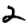
Digit: 2